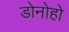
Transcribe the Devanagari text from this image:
डोनोहो